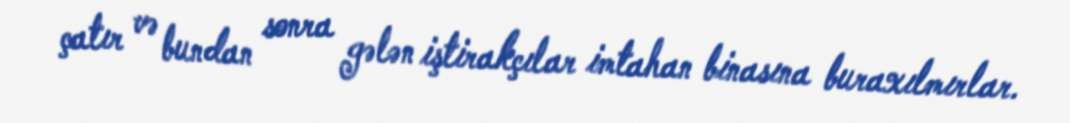
çatır və bundan sonra gələn iştirakçılar imtahan binasına buraxılmırlar.